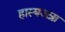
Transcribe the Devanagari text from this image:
हास्यजत्रा